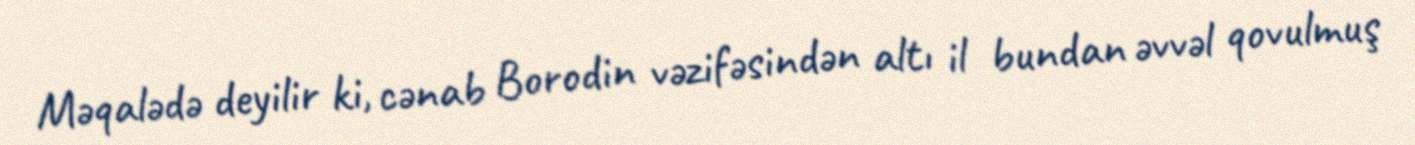
Məqalədə deyilir ki, cənab Borodin vəzifəsindən altı il bundan əvvəl qovulmuş